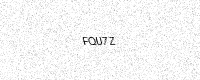
Text: FQU7Z